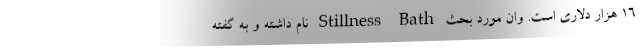
۱۶ هزار دلاری است. وان مورد بحث Stillness Bath نام داشته و به گفته